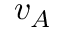
v _ { A }